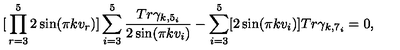
{ \mathbf [ \prod _ { r = 3 } ^ { 5 } 2 \sin ( \pi k v _ { r } ) ] \sum _ { i = 3 } ^ { 5 } \frac { T r \gamma _ { k , 5 _ { i } } } { 2 \sin ( \pi k v _ { i } ) } - \sum _ { i = 3 } ^ { 5 } [ 2 \sin ( \pi k v _ { i } ) ] T r \gamma _ { k , 7 _ { i } } = 0 } ,